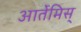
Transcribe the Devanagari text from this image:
आर्तेमिस्‌